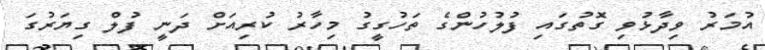
އުމަރު ވިދާޅުވި ގޮތުގައި ފުލުހުންގެ ތަހުގީގު މިހާރު ކުރިއަށް ދަނީ ފުލް ގިޔަރުގަ